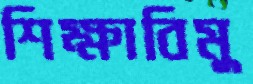
শিক্ষাবিমু